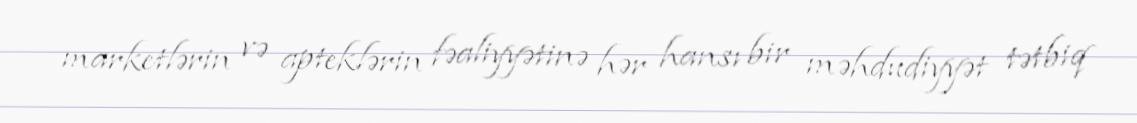
marketlərin və apteklərin fəaliyyətinə hər hansı bir məhdudiyyət tətbiq